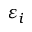
\varepsilon _ { i }